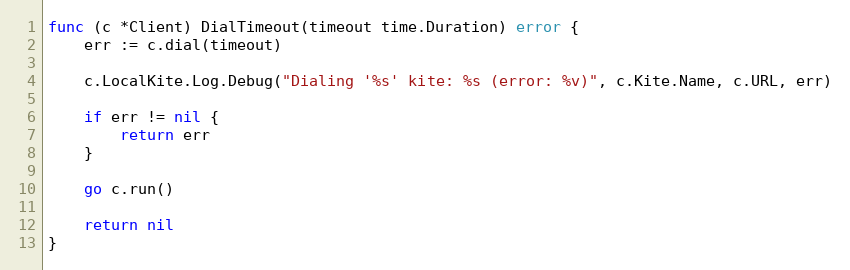
Language: Go
func (c *Client) DialTimeout(timeout time.Duration) error {
	err := c.dial(timeout)

	c.LocalKite.Log.Debug("Dialing '%s' kite: %s (error: %v)", c.Kite.Name, c.URL, err)

	if err != nil {
		return err
	}

	go c.run()

	return nil
}